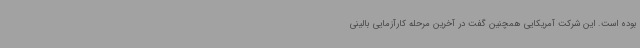
بوده است. این شرکت آمریکایی همچنین گفت در آخرین مرحله کارآزمایی بالینی